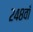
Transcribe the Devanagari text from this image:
२४८वाँ